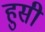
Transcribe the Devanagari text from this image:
हुसी